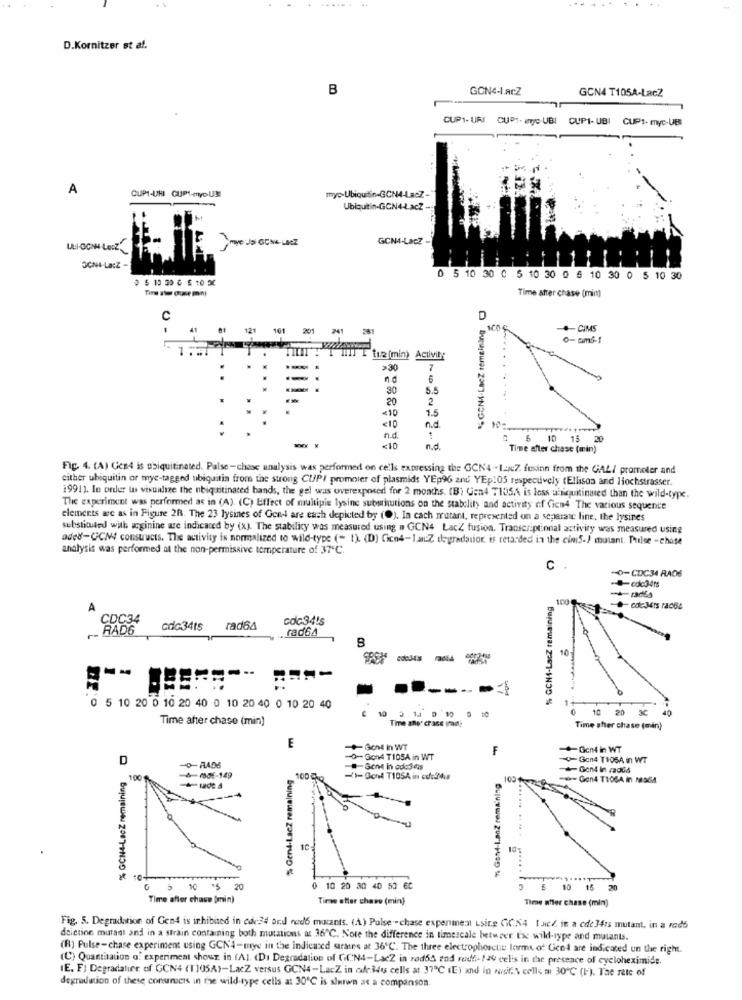
.....
D.Kornitzer st al.
B
GCN4-lacZ
GCN4 T105A-LacZ
CUP1- URI CUPS- anyc-UBI CUPI- UBI CUPI- myc-UBI
A
CUPI-UHI GUP1-myo-UN
myc-Ubiquitin-GCN4-Lacz-
Ubiquitin-GON4-ŁacZ
GCN4-Laez
OGNI-La:Z
0 5 10 30 G 5 :0 3
0 5 10 30 0 5 10 30 0 5 10 30 0 5 10 30
Tine abo cuse mint
Time after chase (min)
C
%GONI-LacZ remaining
D
121
161
201
241
281
100
CIMS
0- cmf-f
[1.2 (min) Activity
>30
7
30
5.5
20
2
<10
1.
<10
n.d
n.d.
5
5 10 15 20
10
20
<10
n.d.
Time after chase (min)
Fig. 4. (A) Gen4 is ubiquitinated. Palse-chase unalysis was performed on cells expressing the GCN4 -- Luc7. fusion from the GAL/ promoter and
either ubiquitin or myc-tagged ubiquitin from the strong CUP/ promnier of plasmids YEp96 and YEp:05 respectively (Ellison and Hochstrasser.
1991). In order to visualize the ubiquitinated bands, the gel was overexposed for 2 months. (B) Gen4 7105A is less ubiquitinated than the wild-type.
The experiment was performed as in (A). (C) Effect of multipie lysine substitutions on the stability and activity of Cien4 The various sequence
elements we as in Figure 2R. The 23 lysines of Gcn- are each depicted by (0). In cach mutare, represented on a separate line, the lysines
substituted with arginine are indicated by (x). The stability was measured using a GCN4 LacZ fusion. Transcriptional activity was measured using
aded-GCM# constructs. The activity is normalized to wild-type (" t). (D) Cicn4-1acZ degradation, is retarded in the cimS-) mutant. Pulse -chase
analysis was performed at the non-permissive temperature of 37℃.
C .
"O-CDC34 RADS
% GCN1-LacZ remaining
100
- radia
A
CDC34
cdc34's
RAD6
cdc34ts
rad64
rad64
10
.
0 5 10 20 0 10 20 40 0 10 20 40 0 10 20 40
0 10 20 3C
Time after chase (min)
Time atwee crass inn;
Time stier chase (min)
E
-+Go4 in WT
F
Gent in WT
D
-0-Gond T105A in WT
-Gon4 T105A in WT
% Gen4-Lacz remaining
Gen4 in radsd
100
-A-706-149
100 0kg
1Gond T105A in cd:24
75 Gand-1.an2 remaining
- Gon4 TIOGA in raSEM
% GCH4-LacZ remaini
----
10:
10:
10+
5 10
20
0 10 20 30 40 50 60
$ 10 15 20
Time after chase [min)
Time after chase (min)
Time Biler chase (min)
Fig. 5. Degradation of Gen4 is inhibited in cor34 ord red6 mutants. (A) Pulse -chase experiment isirs GCN4 [.ac/ in a cde 34ts mutant, in a reds
doiction mutant and in a strain containing both mutations at 36℃. Note the difference in timescale betwrer Ere wild-type and mutants.
(R) Pulse-chase experiment using GCN4-mye in the indicated strates at 36"℃. The three electrophosctie forms of Gen-4 are indicated un the right.
(C) Quantitation of experiment showr. in (Al. (DI Degradation of GCN4-LacZ in rod64 and redt- ! Je cells in the presence of cycloheximide.
IE. F) Degradatier of GCN4 (1105A)-LacZ versus GCN4-LacZ in odradus cells at 37℃ (E) and in wodie\ cells mi 30℃ (I). The rele of
degradation of these conumers in the wild-type cells at 30℃ is sluwn at a companson.